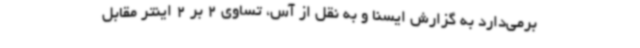
برمی‌دارد به گزارش ایسنا و به نقل از آس، تساوی 2 بر 2 اینتر مقابل